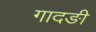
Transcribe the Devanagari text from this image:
गादङी